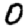
Digit: 0